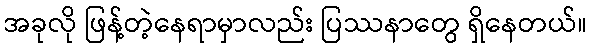
အခုလို ဖြန့်တဲ့နေရာမှာလည်း ပြဿနာတွေ ရှိနေတယ်။